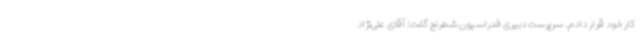
کار خود قرار دادم. سرپرست دبیری فدراسیون شطرنج گفت: آقای علی‌نژاد